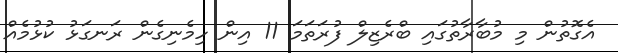
އެގޮތުން މި މުބާރާތުގައި ބްރެޒިލް ފުރަތަމަ 11 އިން ހިމެނިގެން ރަނގަޅު ކުޅުމެއް